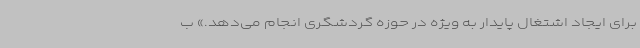
برای ایجاد اشتغال پایدار به ویژه در حوزه گردشگری انجام می‌دهد.» ب